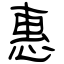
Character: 惠